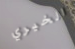
الخيري